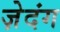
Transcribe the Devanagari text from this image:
ज़ेदंग